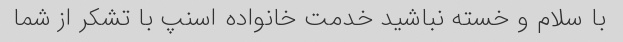
با سلام و خسته نباشید خدمت خانواده اسنپ با تشکر از شما